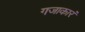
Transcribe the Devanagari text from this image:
गजाकारं